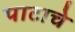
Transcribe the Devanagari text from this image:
पाटाचे